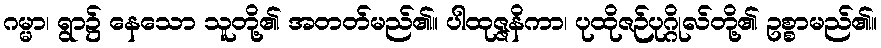
ဂမ္မာ၊ ရွာ၌ နေသော သူတို့၏ အတတ်မည်၏။ ပါထုဇ္ဇနိကာ၊ ပုထိုဇဉ်ပုဂ္ဂိုလ်တို့၏ ဥစ္စာမည်၏။